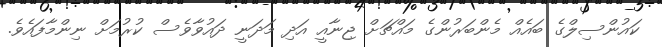
ކައުންސިލްގެ ބައެއް މެންބަރުންގެ މައްޗަށް ޖިނާއީ އަދި މަދަނީ ދައުވާވެސް ކުރުމަށް ނިންމާފައެވެ.